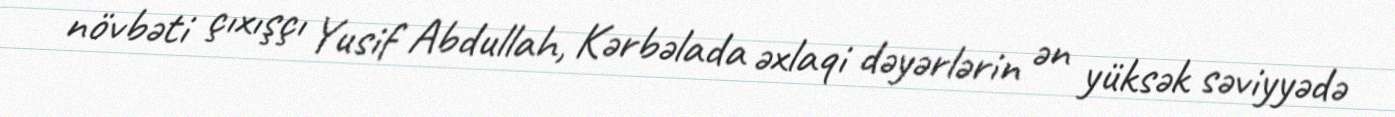
növbəti çıxışçı Yusif Abdullah, Kərbəlada əxlaqi dəyərlərin ən yüksək səviyyədə